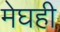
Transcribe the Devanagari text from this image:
मेघही